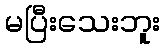
မပြီးသေးဘူး